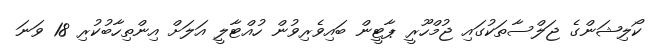
ކޯލިޝަންގެ ޖަލްސާތަކުގައި ޖުމްހޫރީ ޕާޓީން ބައިވެރިވުން ހުއްޓާލީ އަލަށް އިންތިހާބުކުރި 18 ވަނަ